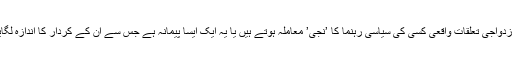
لیکن کیا غیر ازدواجی تعلقات واقعی کسی کی سیاسی رہنما کا ’نجی’ معاملہ ہوتے ہیں یا یہ ایک ایسا پیمانہ ہے جس سے ان کے کردار کا اندازہ لگایا جاسکتا ہے؟